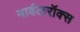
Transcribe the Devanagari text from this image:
मार्बलरॉक्स